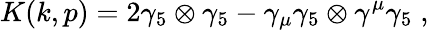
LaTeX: K(k,p)=2\gamma_{5}\otimes\gamma_{5}-\gamma_{\mu}\gamma_{5}\otimes\gamma^{\mu}\gamma_{5}\; ,